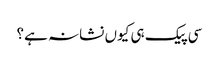
سی پیک ہی کیوں نشانہ ہے؟